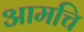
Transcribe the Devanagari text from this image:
आमचि